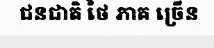
ជនជាតិ ថៃ ភាគ ច្រើន